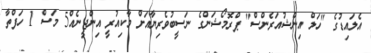
އެލައިޑުގެ "ހަލް އިންޝުއަރެންސް" ޕްރޮމޯޝަންގެ ނަސީބުވެރިޔާއަށް މާކިއުރީ އިންޖީނެއް5 މަސް 1 ހަފްތާ